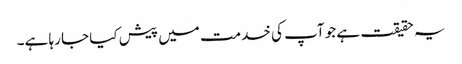
یہ حقیقت ہے جو آپ کی خدمت میں پیش کیا جا رہا ہے۔